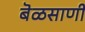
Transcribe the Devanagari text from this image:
बॆळसाणी